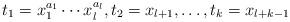
LaTeX: \begin{align*}t_1=x_1^{a_1} \cdots x_l^{a_l},t_2=x_{l+1}, \dots, t_k=x_{l+k-1}\end{align*}